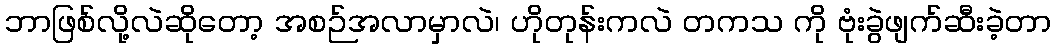
ဘာဖြစ်လို့လဲဆိုတော့ အစဉ်အလာမှာလဲ၊ ဟိုတုန်းကလဲ တကသ ကို ဗုံးခွဲဖျက်ဆီးခဲ့တာ